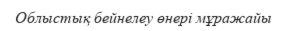
Облыстық бейнелеу өнері мұражайы